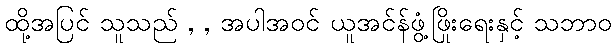
ထို့အပြင် သူသည် , , အပါအဝင် ယူအင်န်ဖွံ့ဖြိုးရေးနှင့် သဘာဝ